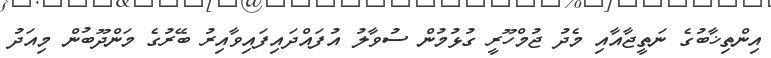
އިންތިޚާބުގެ ނަތީޖާއާއި މެދު ޖުމްހޫރީ ގުޅުމުން ސުވާލު އުފައްދައިފައިވާއިރު ބޭރުގެ މަންދޫބުން މިއަދު